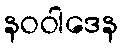
နဝဝါဒေန